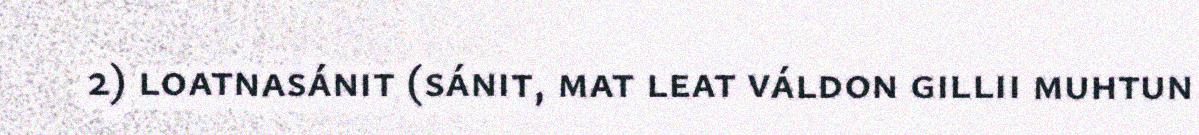
2) loatnasánit (sánit, mat leat váldon gillii muhtun